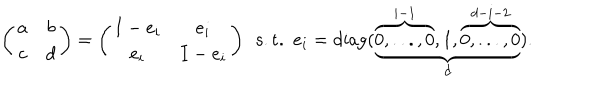
\left( \begin{matrix} { { a } } & { { b } } \\ { { c } } & { { d } } \\ \end{matrix} \right) = \left( \begin{matrix} { { I - e _ { i } } } & { { e _ { i } } } \\ { { e _ { i } } } & { { I - e _ { i } } } \\ \end{matrix} \right) \ \ \mathrm { s . t . } \ \ e _ { i } = \mathrm { d i a g } ( \underbrace { \overbrace { 0 , . . . , 0 } ^ { i - 1 } , 1 , \overbrace { 0 , . . . , 0 } ^ { d - i - 2 } } _ { d } ) .